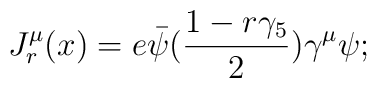
J^\mu_r (x) = e \bar \psi ({1 - r\gamma_5 \over 2})\gamma^\mu \psi;